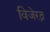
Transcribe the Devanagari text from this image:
विजेरत्न